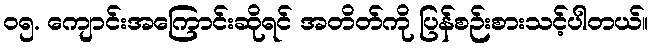
၀၅. ကျောင်းအကြောင်းဆိုရင် အတိတ်ကို ပြန်စဉ်းစားသင့်ပါတယ်။